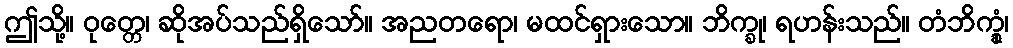
ဤသို့။ ဝုတ္တေ၊ ဆိုအပ်သည်ရှိသော်။ အညတရော၊ မထင်ရှားသော။ ဘိက္ခု၊ ရဟန်းသည်။ တံဘိက္ခုံ၊